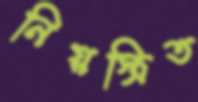
নিয়স্ত্রিত